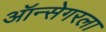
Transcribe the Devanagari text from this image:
ऑन्सेगरला